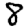
Digit: 8